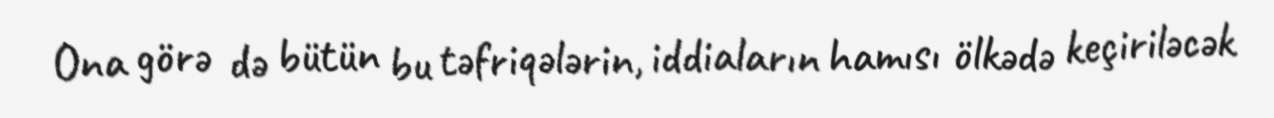
Ona görə də bütün bu təfriqələrin, iddiaların hamısı ölkədə keçiriləcək